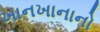
ખાનખાનાનો